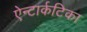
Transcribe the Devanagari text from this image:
ऐन्टार्कटिका